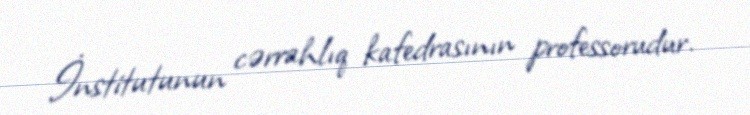
İnstitutunun cərrahlıq kafedrasının professorudur.